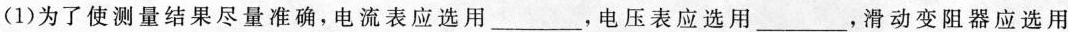
(1)为了使测量结果尽量准确，电流表应选用___，电压表应选用___，滑动变阻器应选用